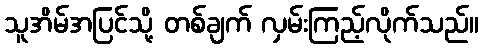
သူအိမ်အပြင်သို့ တစ်ချက် လှမ်းကြည့်လိုက်သည်။